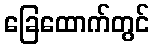
ခြေထောက်တွင်